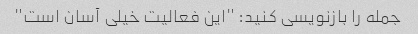
جمله را بازنویسی کنید: "این فعالیت خیلی آسان است"